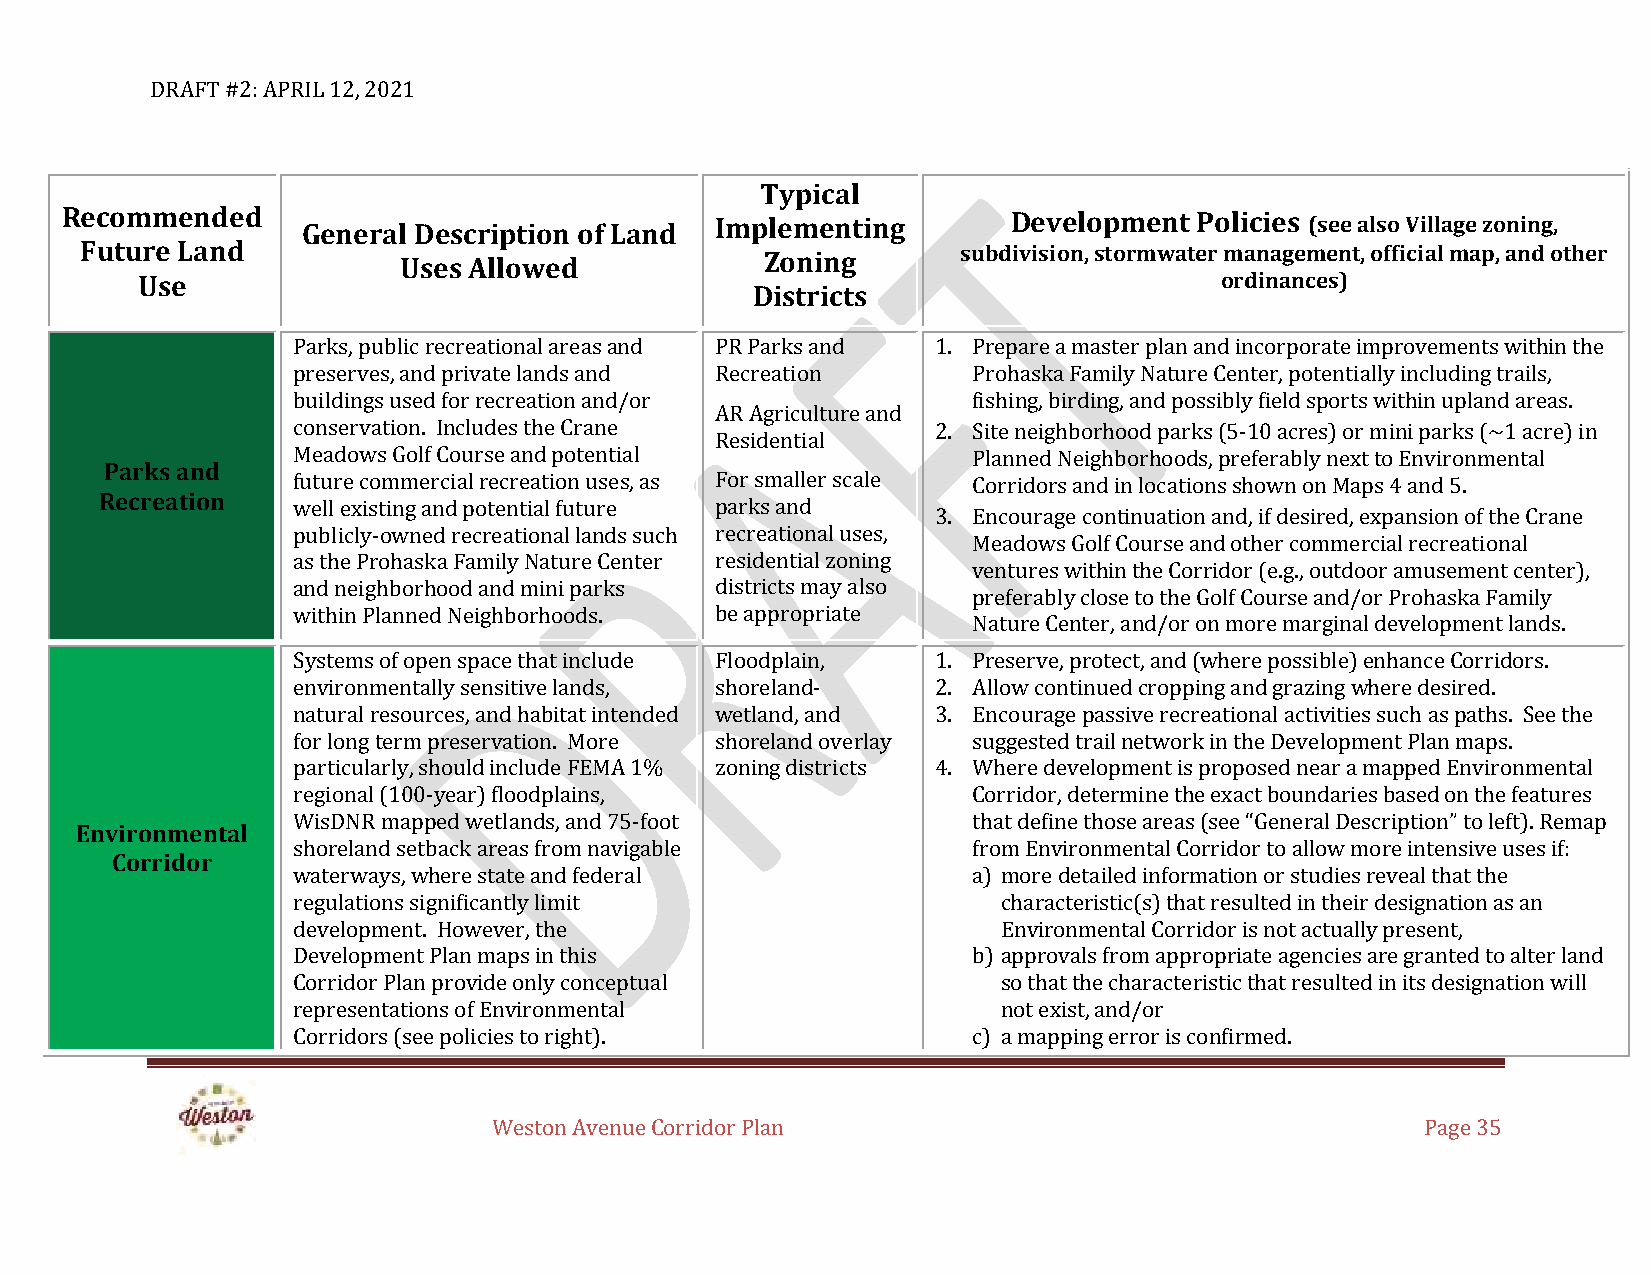
DRAFT #2: APRIL 12, 2021
 Typical
 Recommended     General Description of Land Implementing       Development Policies (see also Village zoning,
 Future Land                                                subdivision, stormwater management, official map, and other
 Uses Allowed             Zoning
 Use                                                                     ordinances)
 Districts
 Parks, public recreational areas and PR Parks and 1. Prepare a master plan and incorporate improvements within the
 preserves, and private lands and Recreation  Prohaska Family Nature Center, potentially including trails,
 buildings used for recreation and/or         fishing, birding, and possibly field sports within upland areas.
 AR Agriculture and
 conservation. Includes the Crane           2. Site neighborhood parks (5-10 acres) or mini parks (~1 acre) in
 Residential
 Meadows Golf Course and potential            Planned Neighborhoods, preferably next to Environmental
 Parks and
 future commercial recreation uses, as For smaller scale Corridors and in locations shown on Maps 4 and 5.
 Recreation  well existing and potential future parks and
 3. Encourage continuation and, if desired, expansion of the Crane
 publicly-owned recreational lands such recreational uses,
 Meadows Golf Course and other commercial recreational
 as the Prohaska Family Nature Center residential zoning
 ventures within the Corridor (e.g., outdoor amusement center),
 and neighborhood and mini parks districts may also
 preferably close to the Golf Course and/or Prohaska Family
 within Planned Neighborhoods. be appropriate
 Nature Center, and/or on more marginal development lands.
 Systems of open space that include Floodplain, 1. Preserve, protect, and (where possible) enhance Corridors.
 environmentally sensitive lands, shoreland- 2. Allow continued cropping and grazing where desired.
 natural resources, and habitat intended wetland, and 3. Encourage passive recreational activities such as paths. See the
 for long term preservation. More shoreland overlay suggested trail network in the Development Plan maps.
 particularly, should include FEMA 1% zoning districts 4. Where development is proposed near a mapped Environmental
 regional (100-year) floodplains,             Corridor, determine the exact boundaries based on the features
 WisDNR mapped wetlands, and 75-foot          that define those areas (see “General Description” to left). Remap
 Environmental
 shoreland setback areas from navigable       from Environmental Corridor to allow more intensive uses if:
 Corridor
 waterways, where state and federal           a) more detailed information or studies reveal that the
 regulations significantly limit                characteristic(s) that resulted in their designation as an
 development. However, the                      Environmental Corridor is not actually present,
 Development Plan maps in this                b) approvals from appropriate agencies are granted to alter land
 Corridor Plan provide only conceptual          so that the characteristic that resulted in its designation will
 representations of Environmental               not exist, and/or
 Corridors (see policies to right).           c) a mapping error is confirmed.
 Weston Avenue Corridor Plan                                  Page 35